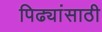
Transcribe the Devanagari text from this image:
पिढ्यांसाठी